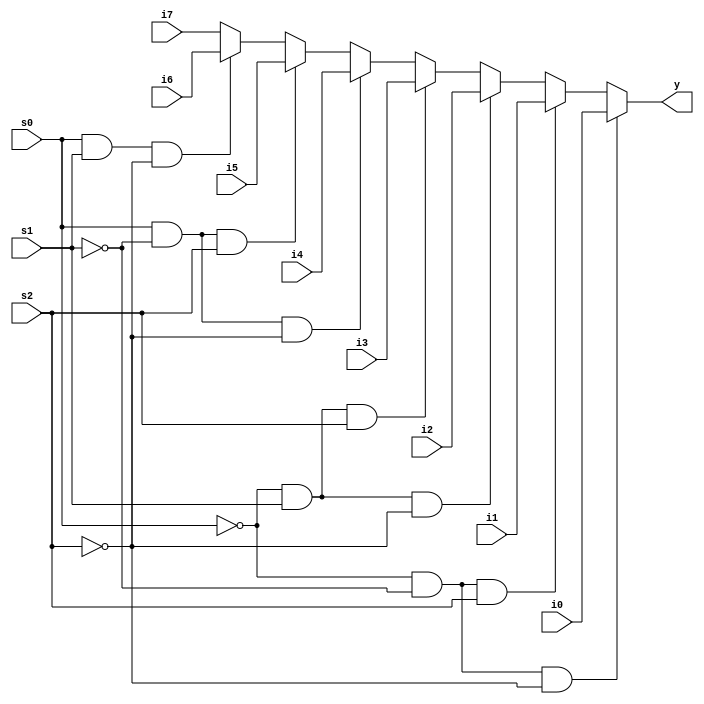
module mux81(y, s2, s1, s0, i0, i1, i2, i3, i4, i5, i6, i7);
				output reg y;
				input s0, s1, s2, i7, i6, i5, i4, i3, i2, i1, i0;
				
				always @ ( * )
					if(!s0 && !s1 && !s2)
						y <= i0;
					else if(!s0 && !s1 && s2)
						y <= i1;
					else if(!s0 && s1 && !s2)
						y <= i2;
					else if(!s0 && s1 && s2)
						y <= i3;
					else if(s0 && !s1 && !s2)
						y <= i4;
					else if(s0 && !s1 && s2)
						y <= i5;
					else if(s0 && s1 && !s2)
						y <= i6;
					else
						y <= i7;
				
endmodule